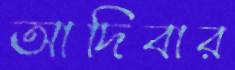
আদিবার